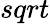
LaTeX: sqrt